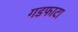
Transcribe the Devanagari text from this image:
गडफाटा